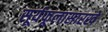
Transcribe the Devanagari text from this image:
सूर्यफूलासारखे